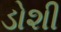
ડોશી